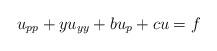
LaTeX: \begin{align*}u_{pp}+yu_{yy}+bu_p+cu=f\end{align*}